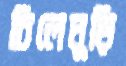
চিলেঘুড়ি